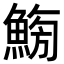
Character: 𩷸